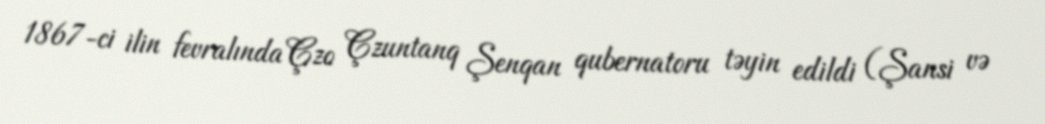
1867-ci ilin fevralında Çzo Çzuntanq Şenqan qubernatoru təyin edildi (Şansi və